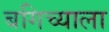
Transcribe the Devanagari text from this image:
बगिच्याला